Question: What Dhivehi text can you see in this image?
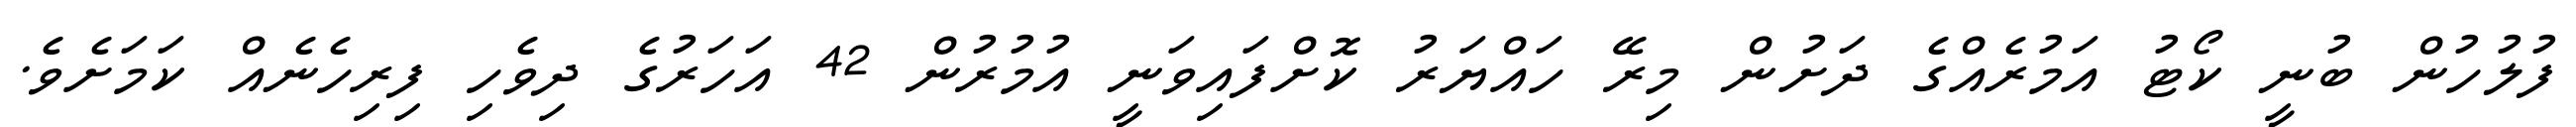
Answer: ފުލުހުން ބުނީ ކޯޓު އަމުރެއްގެ ދަށުން މިރޭ ހައްޔަރު ކޮށްފައިވަނީ އުމުރުން 42 އަހަރުގެ ދިވެހި ފިރިހެނެއް ކަމަށެވެ.